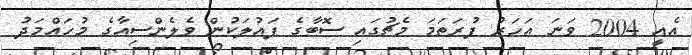
އެއީ 2004 ވަނަ އަހަރު ފުރަތަމަ މެޗުގައި ސޮބާގެ ފައުލަކުން ވެލެންސިއާގެ މުހައްމަދު